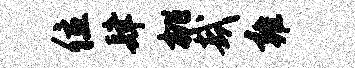
位肆桃哉雍